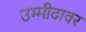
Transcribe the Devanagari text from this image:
उम्मीदावर